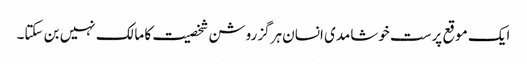
ایک موقع پرست خوشامدی انسان ہرگز روشن شخصیت کا مالک نہیں بن سکتا۔